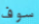
سوف